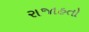
રાજાહતો